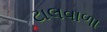
ટાલવાળા